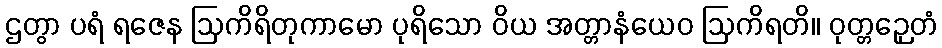
ဌတွာ ပရံ ရဇေန ဩကိရိတုကာမော ပုရိသော ဝိယ အတ္တာနံယေဝ ဩကိရတိ။ ဝုတ္တဉှေတံ